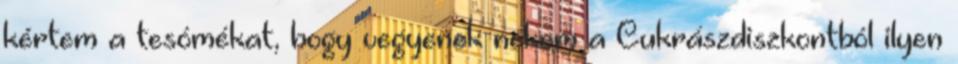
kértem a tesómékat, hogy vegyenek nekem a Cukrászdiszkontból ilyen